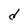
Character: d